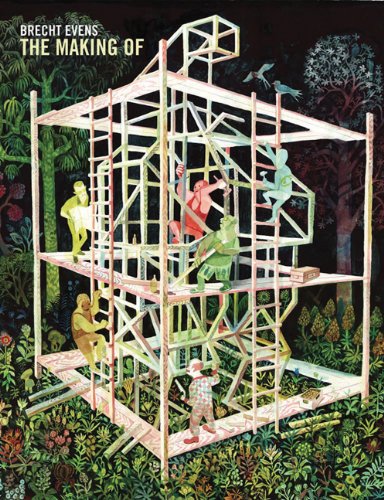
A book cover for The Making Of; Brecht Evens; Comics & Graphic Novels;